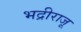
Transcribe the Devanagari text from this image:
भद्रीराजू